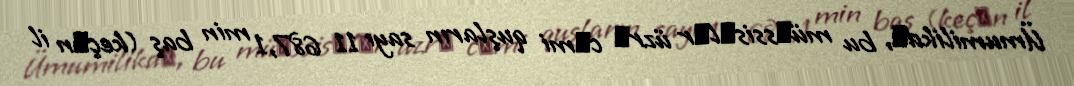
Ümumilikdә, bu müәssisәlәr üzrә cәmi quşların sayı 11 687,1 min baş (keçәn il